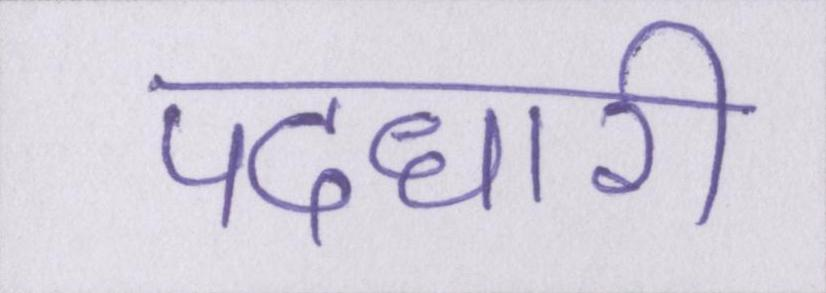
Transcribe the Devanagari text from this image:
पदधारी